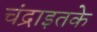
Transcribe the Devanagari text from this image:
चंद्राइतके